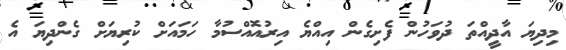
މިދިޔަ އާދީއްތަ ދުވަހުން ފެށިގެން އިއްޔެ އިރުއޮއްސުމާ ހަމައަށް ކުރިޔަށް ގެންދިޔަ އެ